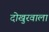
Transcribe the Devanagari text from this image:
दोखुरवाला